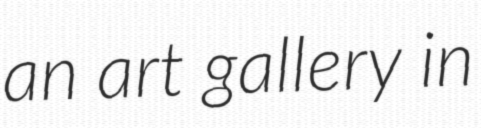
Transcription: an art gallery in